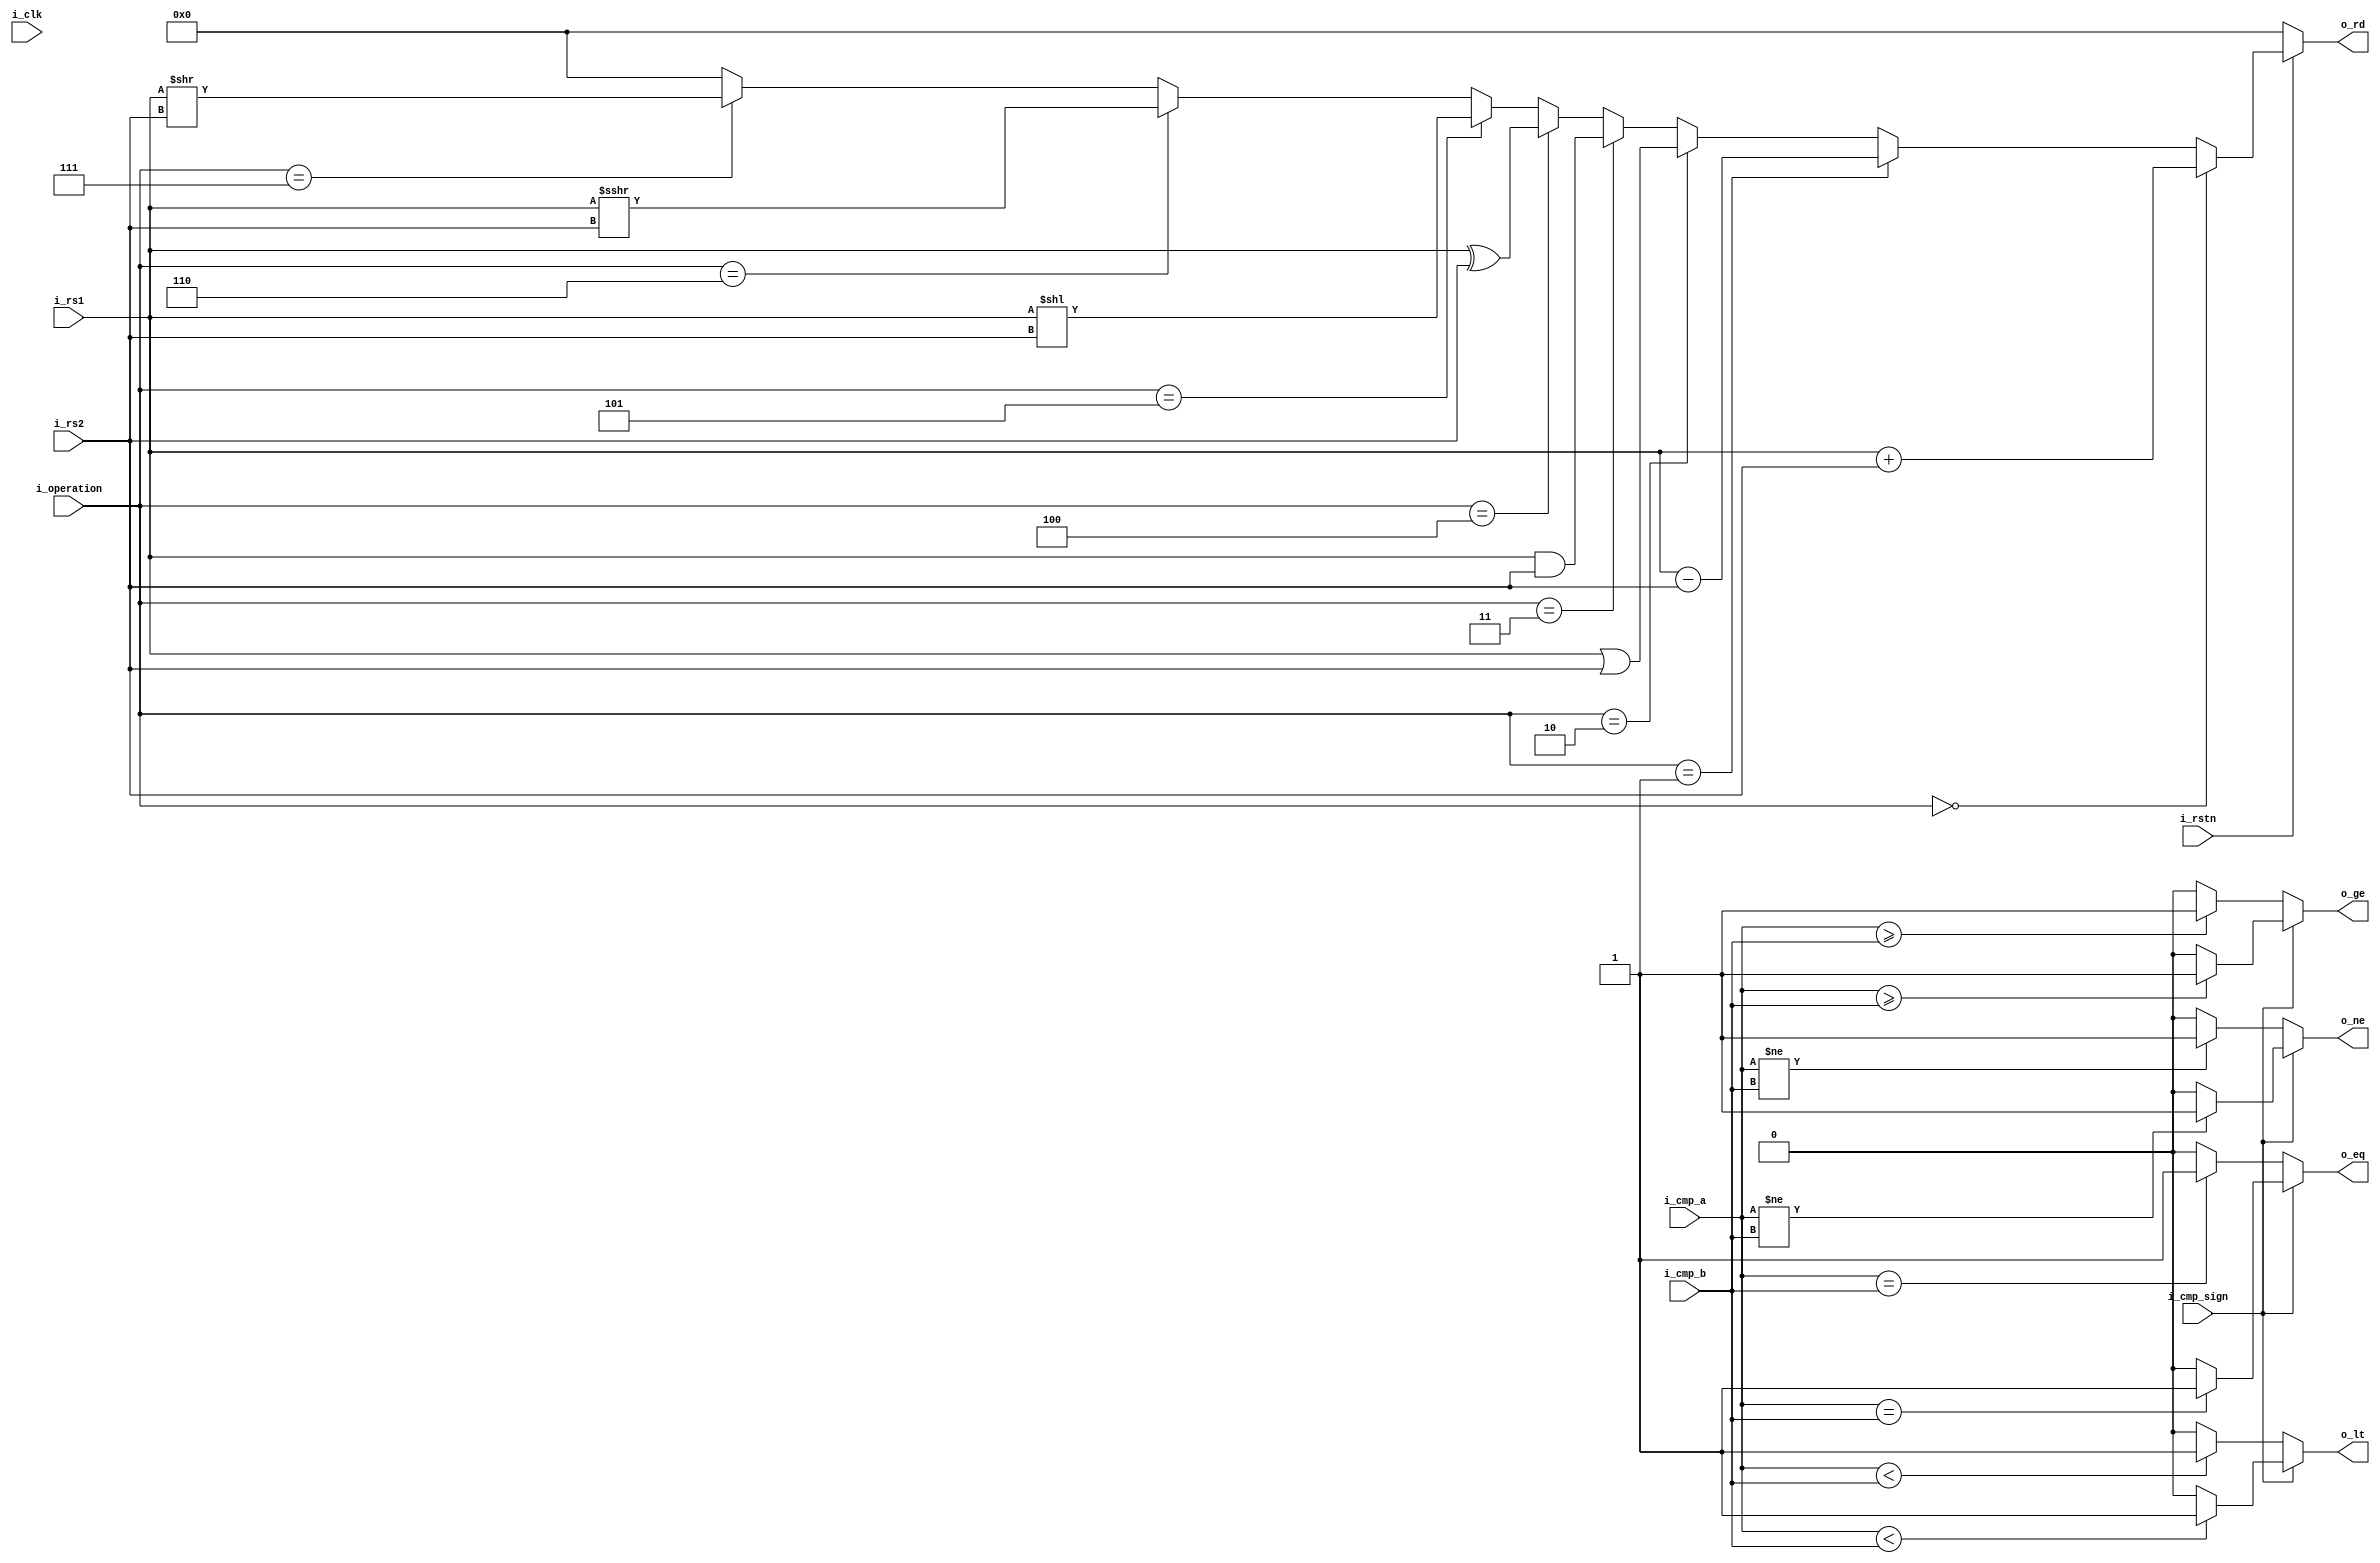
 ///////////////////////////////////////////////////////////////////
//       _____         __            ____   ____
//      /  _  \  __ __|  | __        \   \ /   /
//     /  /_\  \|  |  \  |/ /  ______ \   Y   / 
//    /    |    \  |  /    <  /_____/  \     /  
//    \____|__  /____/|__|_ \           \___/   
//            \/           \/                   
//
///////////////////////////////////////////////////////////////////
//Project     : Auk-V
//Description : RV32I CPU
//              With 5 stage pipeline
//              Brach always not taken
// 
//File type   : Verilog RTL
//Description : ALU
//
////////////////////////////////////////////////////////////////////

module aukv_alu ( i_clk,i_rstn,
         i_operation,
         i_rs1,i_rs2,
         o_rd,
	 i_cmp_a,i_cmp_b,i_cmp_sign,
	 o_lt,o_ge,o_eq,o_ne
        );

input i_clk;
input i_rstn;
input [3:0] i_operation;
input [31:0] i_rs1;
input [31:0] i_rs2;

output [31:0] o_rd;

input [31:0] i_cmp_a;
input [31:0] i_cmp_b;
input i_cmp_sign;
output o_lt;
output o_ge;
output o_eq;
output o_ne;
wire lt_u;
wire ge_u;
wire eq_u;
wire ne_u;
wire lt_s;
wire ge_s;
wire eq_s;
wire ne_s;

assign o_rd =  ~i_rstn             ? 32'd0           :
                i_operation == 4'd0 ? i_rs1 +   i_rs2 :
                i_operation == 4'd1 ? i_rs1 -   i_rs2 :
                i_operation == 4'd2 ? i_rs1 |   i_rs2 :
                i_operation == 4'd3 ? i_rs1 &   i_rs2 :
                i_operation == 4'd4 ? i_rs1 ^   i_rs2 :
                i_operation == 4'd5 ? i_rs1 <<  i_rs2 :
                i_operation == 4'd6 ? i_rs1 >>> i_rs2 :
                i_operation == 4'd7 ? i_rs1 >>  i_rs2 : 
                32'd0;



assign lt_u = i_cmp_a < i_cmp_b? 1'b1 : 1'b0;
assign ge_u = i_cmp_a >= i_cmp_b? 1'b1 : 1'b0;
assign eq_u = i_cmp_a == i_cmp_b? 1'b1 : 1'b0;
assign ne_u = i_cmp_a != i_cmp_b? 1'b1 : 1'b0;

assign lt_s = $signed(i_cmp_a) < $signed(i_cmp_b)? 1'b1 : 1'b0;
assign ge_s = $signed(i_cmp_a) >= $signed(i_cmp_b)? 1'b1 : 1'b0;
assign eq_s = $signed(i_cmp_a) == $signed(i_cmp_b)? 1'b1 : 1'b0;
assign ne_s = $signed(i_cmp_a) != $signed(i_cmp_b)? 1'b1 : 1'b0;

assign o_lt = i_cmp_sign ? lt_s : lt_u;
assign o_ge = i_cmp_sign ? ge_s : ge_u;
assign o_eq = i_cmp_sign ? eq_s : eq_u;
assign o_ne = i_cmp_sign ? ne_s : ne_u;


endmodule